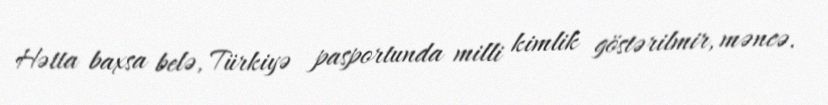
Hətta baxsa belə, Türkiyə pasportunda milli kimlik göstərilmir, məncə.